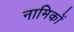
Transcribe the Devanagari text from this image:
नामिकों